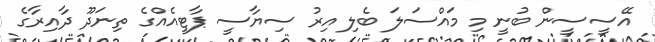
އޭސީސީން ބުނީ މި މައްސަލަ ބެލި އިރު ސިޔާސީ ޕާޓީއެއްގެ ތިނަދޫ ދާއިރާގެ